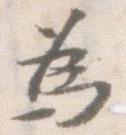
為